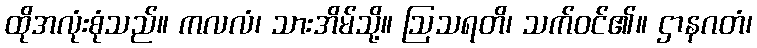
ထိုအလုံးစုံသည်။ ကလလံ၊ သားအိမ်သို့။ ဩသရတိ၊ သက်ဝင်၏။ ဌာနဂတံ၊